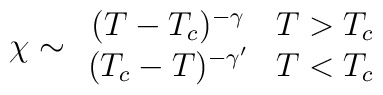
\chi \sim \begin{array}{cc}     (T-T_c)^{-\gamma} & T>T_c \\ (T_c-T)^{-\gamma'} & T<T_c     \end{array}